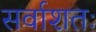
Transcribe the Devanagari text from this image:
सर्वाशतः